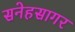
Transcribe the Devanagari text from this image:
सनेहसागर